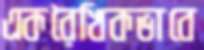
একরৈখিকভাবে